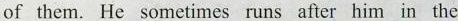
of them. He sometimes runs after him in the